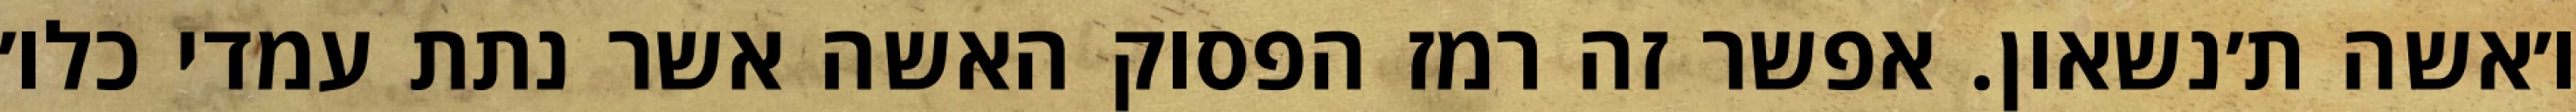
ו׳אשה ת׳נשאון. אפשר זה רמז הפסוק האשה אשר נתת עמדי כלו׳